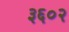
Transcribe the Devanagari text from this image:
३६०२